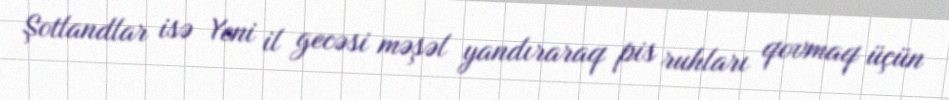
Şotlandlar isə Yeni il gecəsi məşəl yandıraraq pis ruhları qovmaq üçün